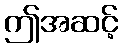
ဤအဆင့်